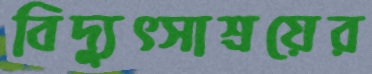
বিদ্যুত্সাশ্রয়ের